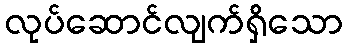
လုပ်ဆောင်လျက်ရှိသော